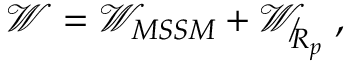
\mathcal { W } = \mathcal { W } _ { M S S M } + \mathcal { W } _ { \not R _ { p } } \; ,